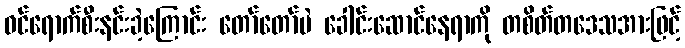
ဝင်ရောက်စီးနင်းခဲ့ကြောင်း တော်တော်ပဲ ခေါင်းဆောင်နေရာကို တစိတ်တဒေသအားဖြင့်